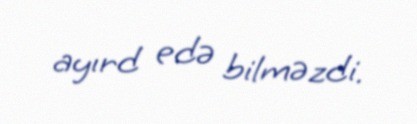
ayırd edə bilməzdi.